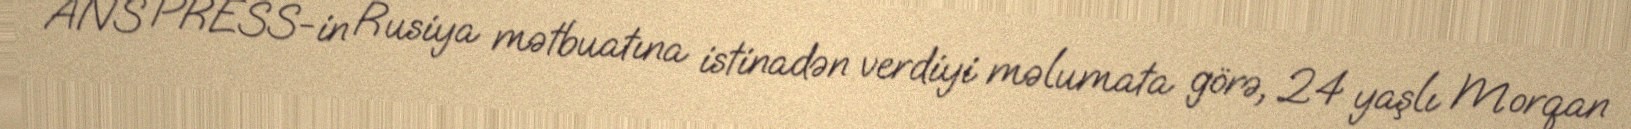
ANS PRESS-in Rusiya mətbuatına istinadən verdiyi məlumata görə, 24 yaşlı Morqan